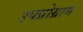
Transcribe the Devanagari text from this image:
उपप्रोग्राम